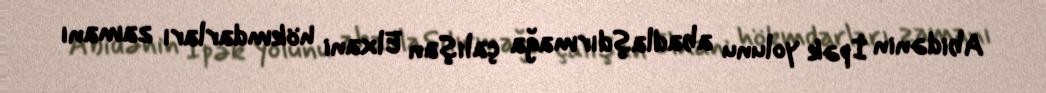
Abidənin İpək yolunu abadlaşdırmağa çalışan Elxani hökmdarları zamanı